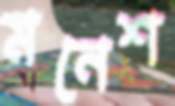
মনেশ